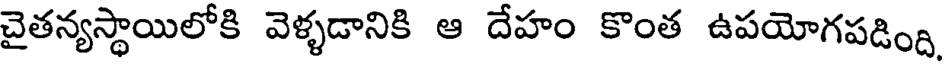
చైతన్యస్థాయిలోకి వెళ్ళడానికి ఆ దేహం కొంత ఉపయోగపడింది